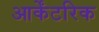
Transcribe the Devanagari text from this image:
आर्केंटरिक